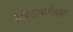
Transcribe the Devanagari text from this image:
संप्रदायांतला